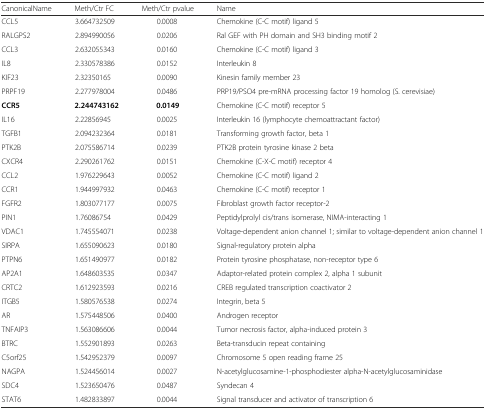
<table><thead><tr><td><b>CanonicalName</b></td><td><b>Meth/Ctr FC</b></td><td><b>Meth/Ctr pvalue</b></td><td><b>Name</b></td></tr></thead><tbody><tr><td>CCL5</td><td>3.664732509</td><td>0.0008</td><td>Chemokine (C-C motif) ligand 5</td></tr><tr><td>RALGPS2</td><td>2.894990056</td><td>0.0206</td><td>Ral GEF with PH domain and SH3 binding motif 2</td></tr><tr><td>CCL3</td><td>2.632055343</td><td>0.0160</td><td>Chemokine (C-C motif) ligand 3</td></tr><tr><td>IL8</td><td>2.330578386</td><td>0.0152</td><td>Interleukin 8</td></tr><tr><td>KIF23</td><td>2.32350165</td><td>0.0090</td><td>Kinesin family member 23</td></tr><tr><td>PRPF19</td><td>2.277978004</td><td>0.0486</td><td>PRP19/PSO4 pre-mRNA processing factor 19 homolog (S. cerevisiae)</td></tr><tr><td><b>CCR5</b></td><td><b>2.244743162</b></td><td><b>0.0149</b></td><td>Chemokine (C-C motif) receptor 5</td></tr><tr><td>IL16</td><td>2.22856945</td><td>0.0025</td><td>Interleukin 16 (lymphocyte chemoattractant factor)</td></tr><tr><td>TGFB1</td><td>2.094232364</td><td>0.0181</td><td>Transforming growth factor, beta 1</td></tr><tr><td>PTK2B</td><td>2.075586714</td><td>0.0239</td><td>PTK2B protein tyrosine kinase 2 beta</td></tr><tr><td>CXCR4</td><td>2.290261762</td><td>0.0151</td><td>Chemokine (C-X-C motif) receptor 4</td></tr><tr><td>CCL2</td><td>1.976229643</td><td>0.0052</td><td>Chemokine (C-C motif) ligand 2</td></tr><tr><td>CCR1</td><td>1.944997932</td><td>0.0463</td><td>Chemokine (C-C motif) receptor 1</td></tr><tr><td>FGFR2</td><td>1.803077177</td><td>0.0075</td><td>Fibroblast growth factor receptor-2</td></tr><tr><td>PIN1</td><td>1.76086754</td><td>0.0429</td><td>Peptidylprolyl cis/trans isomerase, NIMA-interacting 1</td></tr><tr><td>VDAC1</td><td>1.745554071</td><td>0.0238</td><td>Voltage-dependent anion channel 1; similar to voltage-dependent anion channel 1</td></tr><tr><td>SIRPA</td><td>1.655090623</td><td>0.0180</td><td>Signal-regulatory protein alpha</td></tr><tr><td>PTPN6</td><td>1.651490977</td><td>0.0182</td><td>Protein tyrosine phosphatase, non-receptor type 6</td></tr><tr><td>AP2A1</td><td>1.648603535</td><td>0.0347</td><td>Adaptor-related protein complex 2, alpha 1 subunit</td></tr><tr><td>CRTC2</td><td>1.612923593</td><td>0.0216</td><td>CREB regulated transcription coactivator 2</td></tr><tr><td>ITGB5</td><td>1.580576538</td><td>0.0274</td><td>Integrin, beta 5</td></tr><tr><td>AR</td><td>1.575448506</td><td>0.0400</td><td>Androgen receptor</td></tr><tr><td>TNFAIP3</td><td>1.563086606</td><td>0.0044</td><td>Tumor necrosis factor, alpha-induced protein 3</td></tr><tr><td>BTRC</td><td>1.552901893</td><td>0.0263</td><td>Beta-transducin repeat containing</td></tr><tr><td>C5orf25</td><td>1.542952379</td><td>0.0097</td><td>Chromosome 5 open reading frame 25</td></tr><tr><td>NAGPA</td><td>1.524456014</td><td>0.0027</td><td>N-acetylglucosamine-1-phosphodiester alpha-N-acetylglucosaminidase</td></tr><tr><td>SDC4</td><td>1.523650476</td><td>0.0487</td><td>Syndecan 4</td></tr><tr><td>STAT6</td><td>1.482833897</td><td>0.0044</td><td>Signal transducer and activator of transcription 6</td></tr></tbody></table>